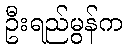
ဦးရည်မွန်က